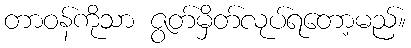
တာဝန်ကိုသာ ဇွတ်မှိတ်လုပ်ရတော့မည်။